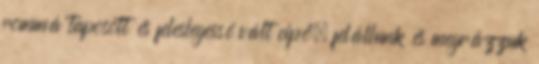
rommá taposott és feleslegessé vált cipő, felállunk és megrázzuk